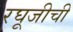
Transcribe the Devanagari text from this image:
रघूजीची